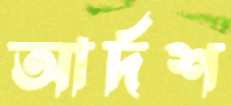
আর্দশ